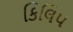
કિલિપ